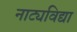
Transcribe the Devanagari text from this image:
नाट्यविद्या